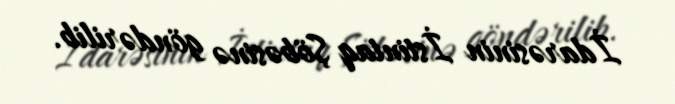
İdarəsinin İstintaq Şöbəsinə göndərilib.